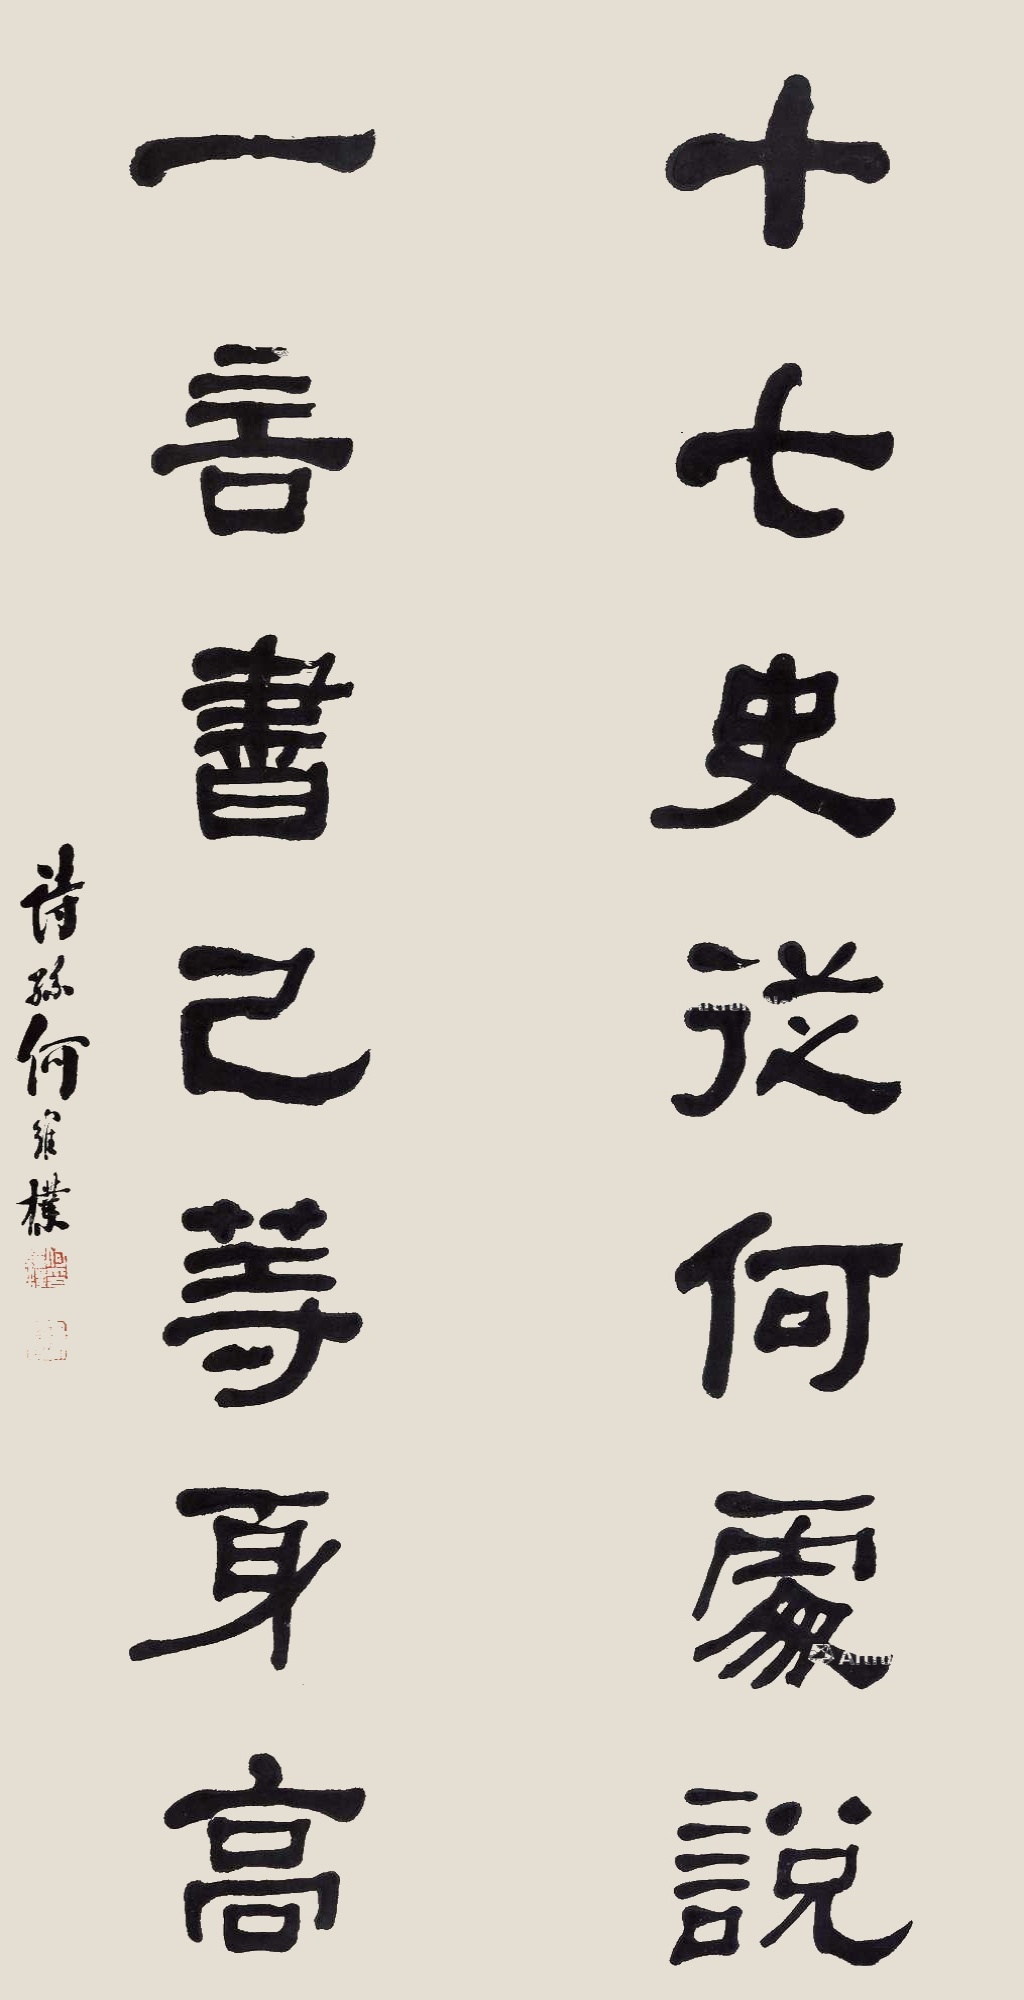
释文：十七史从何处说，一言书已等身高。诗孙何维朴。